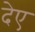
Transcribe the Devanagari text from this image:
देए